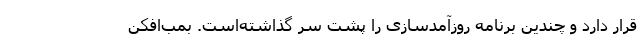
قرار دارد و چندین برنامه روزآمدسازی را پشت سر گذاشته‌است. بمب‌افکن